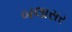
બલાસર